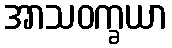
အာသဝက္ခယာ